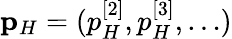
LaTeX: {\mathbf p}_{H}=(p_{H}^{[2]},p_{H}^{[3]},\ldots)